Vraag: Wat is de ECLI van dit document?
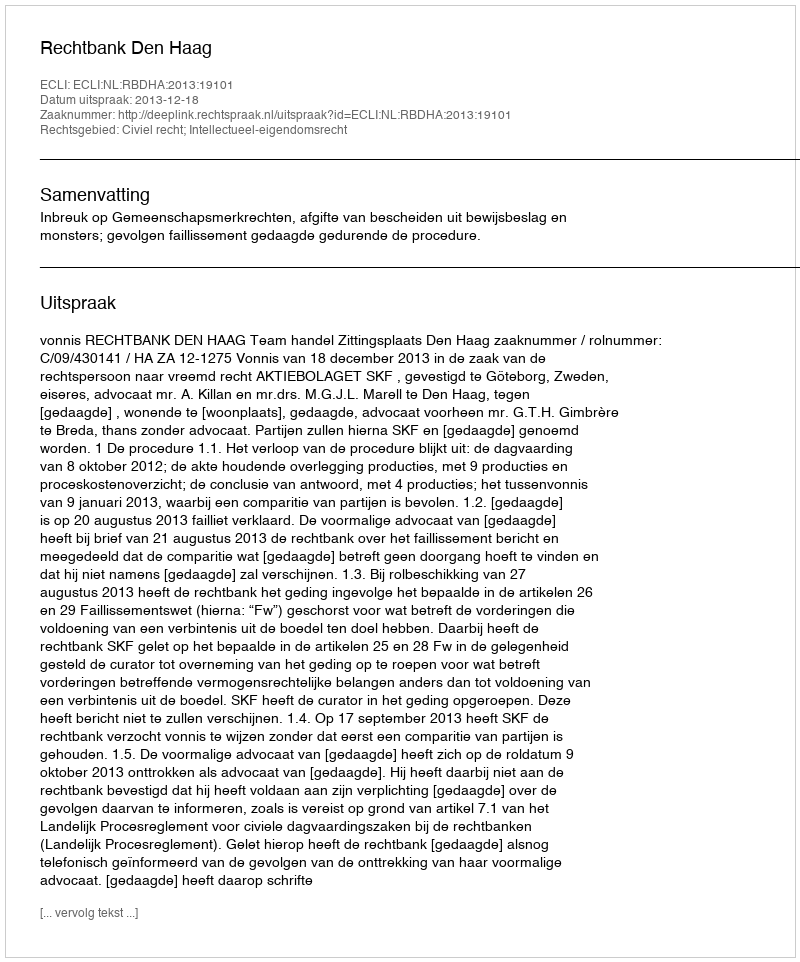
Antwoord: ECLI:NL:RBDHA:2013:19101